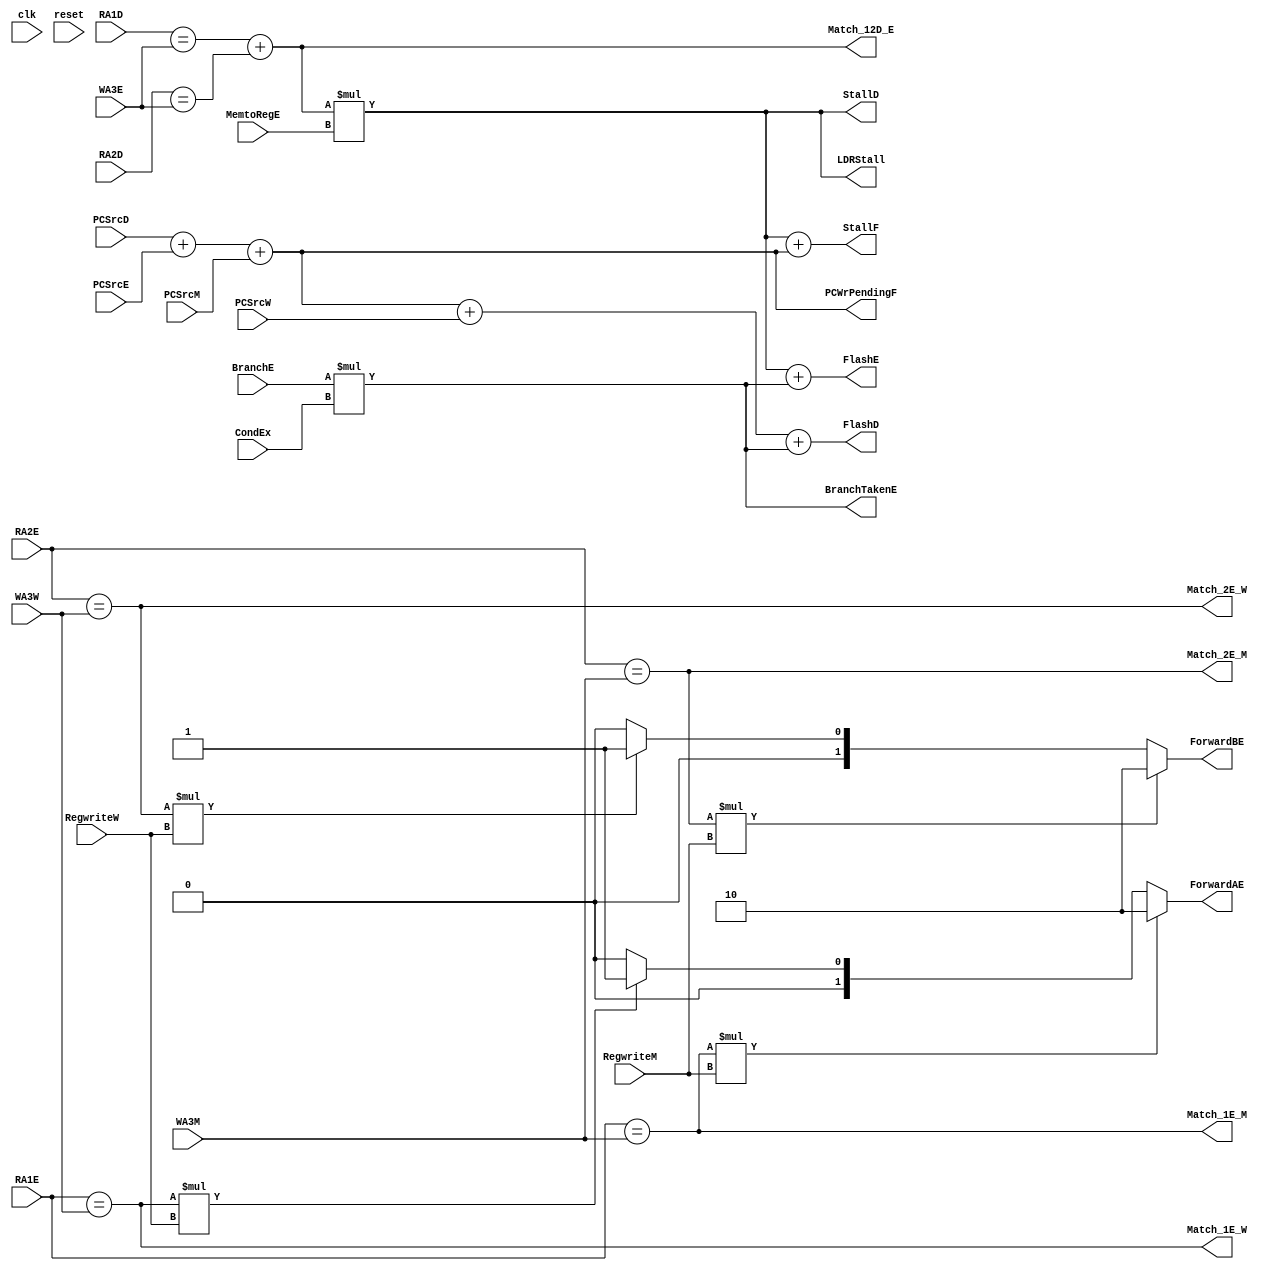
module HAZARD(
  input  clk,
  input  reset,
  input  MemtoRegE,
  input  RegwriteW ,
  input  RegwriteM ,
  input  CondEx,
  input  PCSrcD,
  input  PCSrcE,
  input  PCSrcM,
  input  PCSrcW,
  input  BranchE,
  output  reg BranchTakenE,
  input  [31:0] RA1E,    // destination register from EX stage
  input  [31:0] WA3M,
  input  [31:0] RA2E,
  input  [31:0] WA3W,
  input  [31:0] WA3E,
  input  [31:0] RA1D,
  input  [31:0] RA2D,  // destination register from MEM stage

  output reg FlashD,
  output reg FlashE,
  output reg StallD,
  output reg StallF,
  
  output  reg PCWrPendingF,
  
  output  reg LDRStall,
  output reg [1:0] ForwardAE,
  output reg [1:0] ForwardBE,
  output  reg Match_12D_E,
  output wire Match_1E_M,
  output wire Match_1E_W,
  output wire Match_2E_M,
  output wire Match_2E_W
);



assign Match_1E_M = ( RA1E == WA3M);
assign Match_1E_W = (RA1E == WA3W);
assign Match_2E_M = (RA2E == WA3M);
assign Match_2E_W = (RA2E == WA3W);

always @(*) begin
if (Match_1E_M*RegwriteM)
begin
ForwardAE=2'b10;
end
else if(Match_1E_W*RegwriteW)

begin
ForwardAE=2'b01;
end

else 
ForwardAE=2'b00;

end


always @(*) begin
if(Match_2E_M*RegwriteM)
begin
ForwardBE=2'b10;
end

else if(Match_2E_W*RegwriteW)
begin
ForwardBE=2'b01;
end

else 
ForwardBE=2'b00;

end

always @(*) begin
 Match_12D_E = (RA1D == WA3E) + (RA2D == WA3E);
 LDRStall = Match_12D_E * MemtoRegE;
 BranchTakenE = BranchE * CondEx;

 PCWrPendingF = PCSrcD + PCSrcE + PCSrcM;
StallF = LDRStall + PCWrPendingF;
StallD = LDRStall;
FlashD = PCWrPendingF + PCSrcW + BranchTakenE;
FlashE = LDRStall + BranchTakenE;
end

endmodule